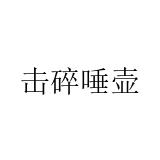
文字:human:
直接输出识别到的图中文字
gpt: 击碎唾壶